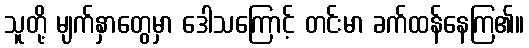
သူတို့ မျက်နှာတွေမှာ ဒေါသကြောင့် တင်းမာ ခက်ထန်နေကြ၏။